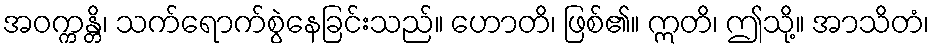
အဝက္ကန္တိ၊ သက်ရောက်စွဲနေခြင်းသည်။ ဟောတိ၊ ဖြစ်၏။ ဣတိ၊ ဤသို့။ အာသိတံ၊